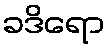
ခဒိရော